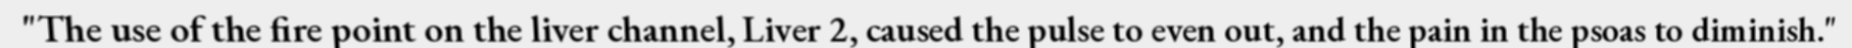
"The use of the fire point on the liver channel, Liver 2, caused the pulse to even out, and the pain in the psoas to diminish."